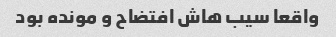
واقعا سیب هاش افتضاح و مونده بود